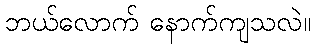
ဘယ်လောက် နောက်ကျသလဲ။